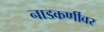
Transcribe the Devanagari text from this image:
नाडकर्णीवर